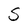
Character: S